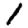
Digit: 1